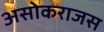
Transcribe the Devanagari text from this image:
असोकराजस